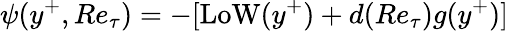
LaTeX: \psi(y^{+},Re_{\tau})=-[\mathrm{LoW}(y^{+})+d(Re_{\tau})g(y^{+})]